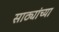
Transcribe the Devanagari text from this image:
साठ्यांच्या